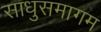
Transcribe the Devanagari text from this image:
साधुसमागम